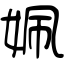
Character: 姵